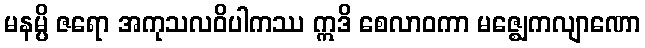
မနမ္ပိ ဇရော အကုသလဝိပါကဿ ဣဒိ စေလာဝကာ မဇ္ဈေကလျာဏော